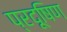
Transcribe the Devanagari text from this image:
प्रदूषिण